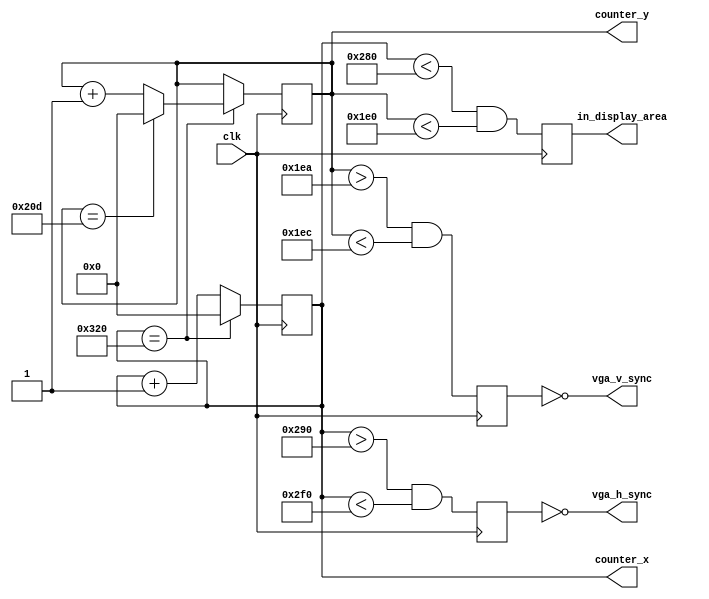
// VGA h/v sync generator for 640x480 @ 60 Hz

module hvsync_generator(
    input clk,
    output vga_h_sync,
    output vga_v_sync,
    output reg in_display_area,
    output reg [9:0] counter_x,
    output reg [9:0] counter_y
  );

    //hsync and vsync buffers
    reg vga_HS, vga_VS;

    //640x480 constants
    localparam H_DISPLAY = 640;
    localparam H_LEFT_BORDER = 48;
    localparam H_RIGHT_BORDER = 16;
    localparam H_RETRACE = 96;

    localparam V_DISPLAY = 480;
    localparam V_TOP_BORDER = 10;
    localparam V_BOTTOM_BORDER = 33;
    localparam V_RETRACE = 2;

    wire counter_x_maxed = (counter_x == H_DISPLAY + H_LEFT_BORDER + H_RETRACE + H_RIGHT_BORDER); // 16 + 48 + 96 + 640
    wire counter_y_maxed = (counter_y == V_DISPLAY + V_TOP_BORDER + V_RETRACE + V_BOTTOM_BORDER); // 10 + 2 + 33 + 480

    //x counter
    always @(posedge clk)
    if (counter_x_maxed)
        counter_x <= 0;
    else
        counter_x <= counter_x + 1;

    always @(posedge clk)
    begin
        if (counter_x_maxed)
        begin
        if(counter_y_maxed)
            counter_y <= 0;
        else
            counter_y <= counter_y + 1;
        end
    end

    always @(posedge clk)
    begin
        vga_HS <= (counter_x > (H_DISPLAY + H_RIGHT_BORDER) && (counter_x < (H_DISPLAY + H_RIGHT_BORDER + H_RETRACE)));   // active for 96 clocks
        vga_VS <= (counter_y > (V_DISPLAY + V_TOP_BORDER) && (counter_y < (V_DISPLAY + V_TOP_BORDER + V_RETRACE)));   // active for 2 clocks
    end

    always @(posedge clk)
    begin
        in_display_area <= (counter_x < H_DISPLAY) && (counter_y < V_DISPLAY);
    end

    // invert the hsync and vsync
    assign vga_h_sync = ~vga_HS;
    assign vga_v_sync = ~vga_VS;

endmodule